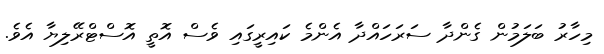
މިހާރު ބަލަމުން ގެންދާ ސަރަހައްދާ އެންމެ ކައިރީގައި ވެސް އޮތީ އޮސްޓްރޭލިޔާ އެވެ.